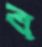
ব